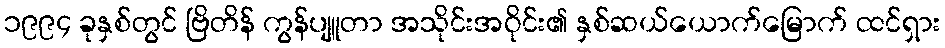
၁၉၉၄ ခုနှစ်တွင် ဗြိတိန် ကွန်ပျူတာ အသိုင်းအဝိုင်း၏ နှစ်ဆယ်ယောက်မြောက် ထင်ရှား